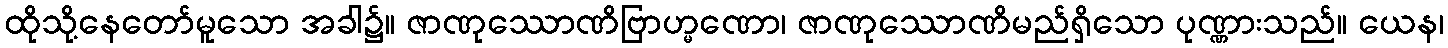
ထိုသို့နေတော်မူသော အခါ၌။ ဇာဏုဿောဏိဗြာဟ္မဏော၊ ဇာဏုဿောဏိမည်ရှိသော ပုဏ္ဏားသည်။ ယေန၊